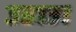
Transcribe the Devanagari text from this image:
उडाउ।